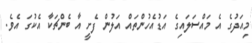
މިއަދުގެ އެ މައްސަލައިގެ އަޑުއެހުންތައް އަލުން ފެށީ އާ ބެންޗަކާ އެކުގަ އެވެ.